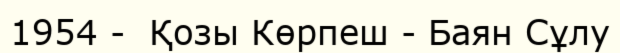
1954 -  Қозы Көрпеш - Баян Сұлу